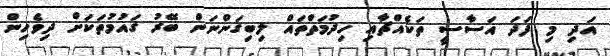
އަދި މި ފަދަ އަސާސީ ތަކެއްޗާއި ހިދުމަތްތައް ލިބިގަންނަން ބޭރު ގައުމުތަކަށް ދިވެހިން